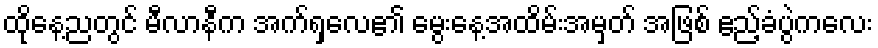
ထိုနေ့ညတွင် မီလာနီက အက်ရှလေ၏ မွေးနေ့အထိမ်းအမှတ် အဖြစ် ဧည့်ခံပွဲကလေး